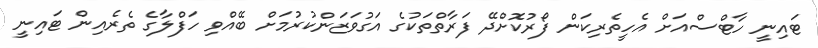
ޓައިނީ ހާޓްސްއަށް އެހީތެރިކަން ފޯރުކޮށްދޭ ފަރާތްތަކުގެ އަގުވަޒަންކުރުމަށް ބޭއްވި ހަފްލާގެ ތެރެއިން ޓައިނީ